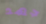
جهد